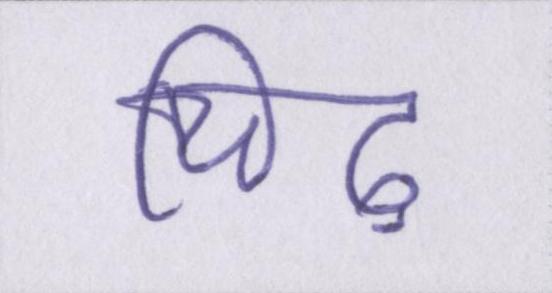
चिढ़